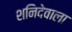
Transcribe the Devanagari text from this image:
शनिदेवाला